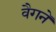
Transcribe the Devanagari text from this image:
वैगनें